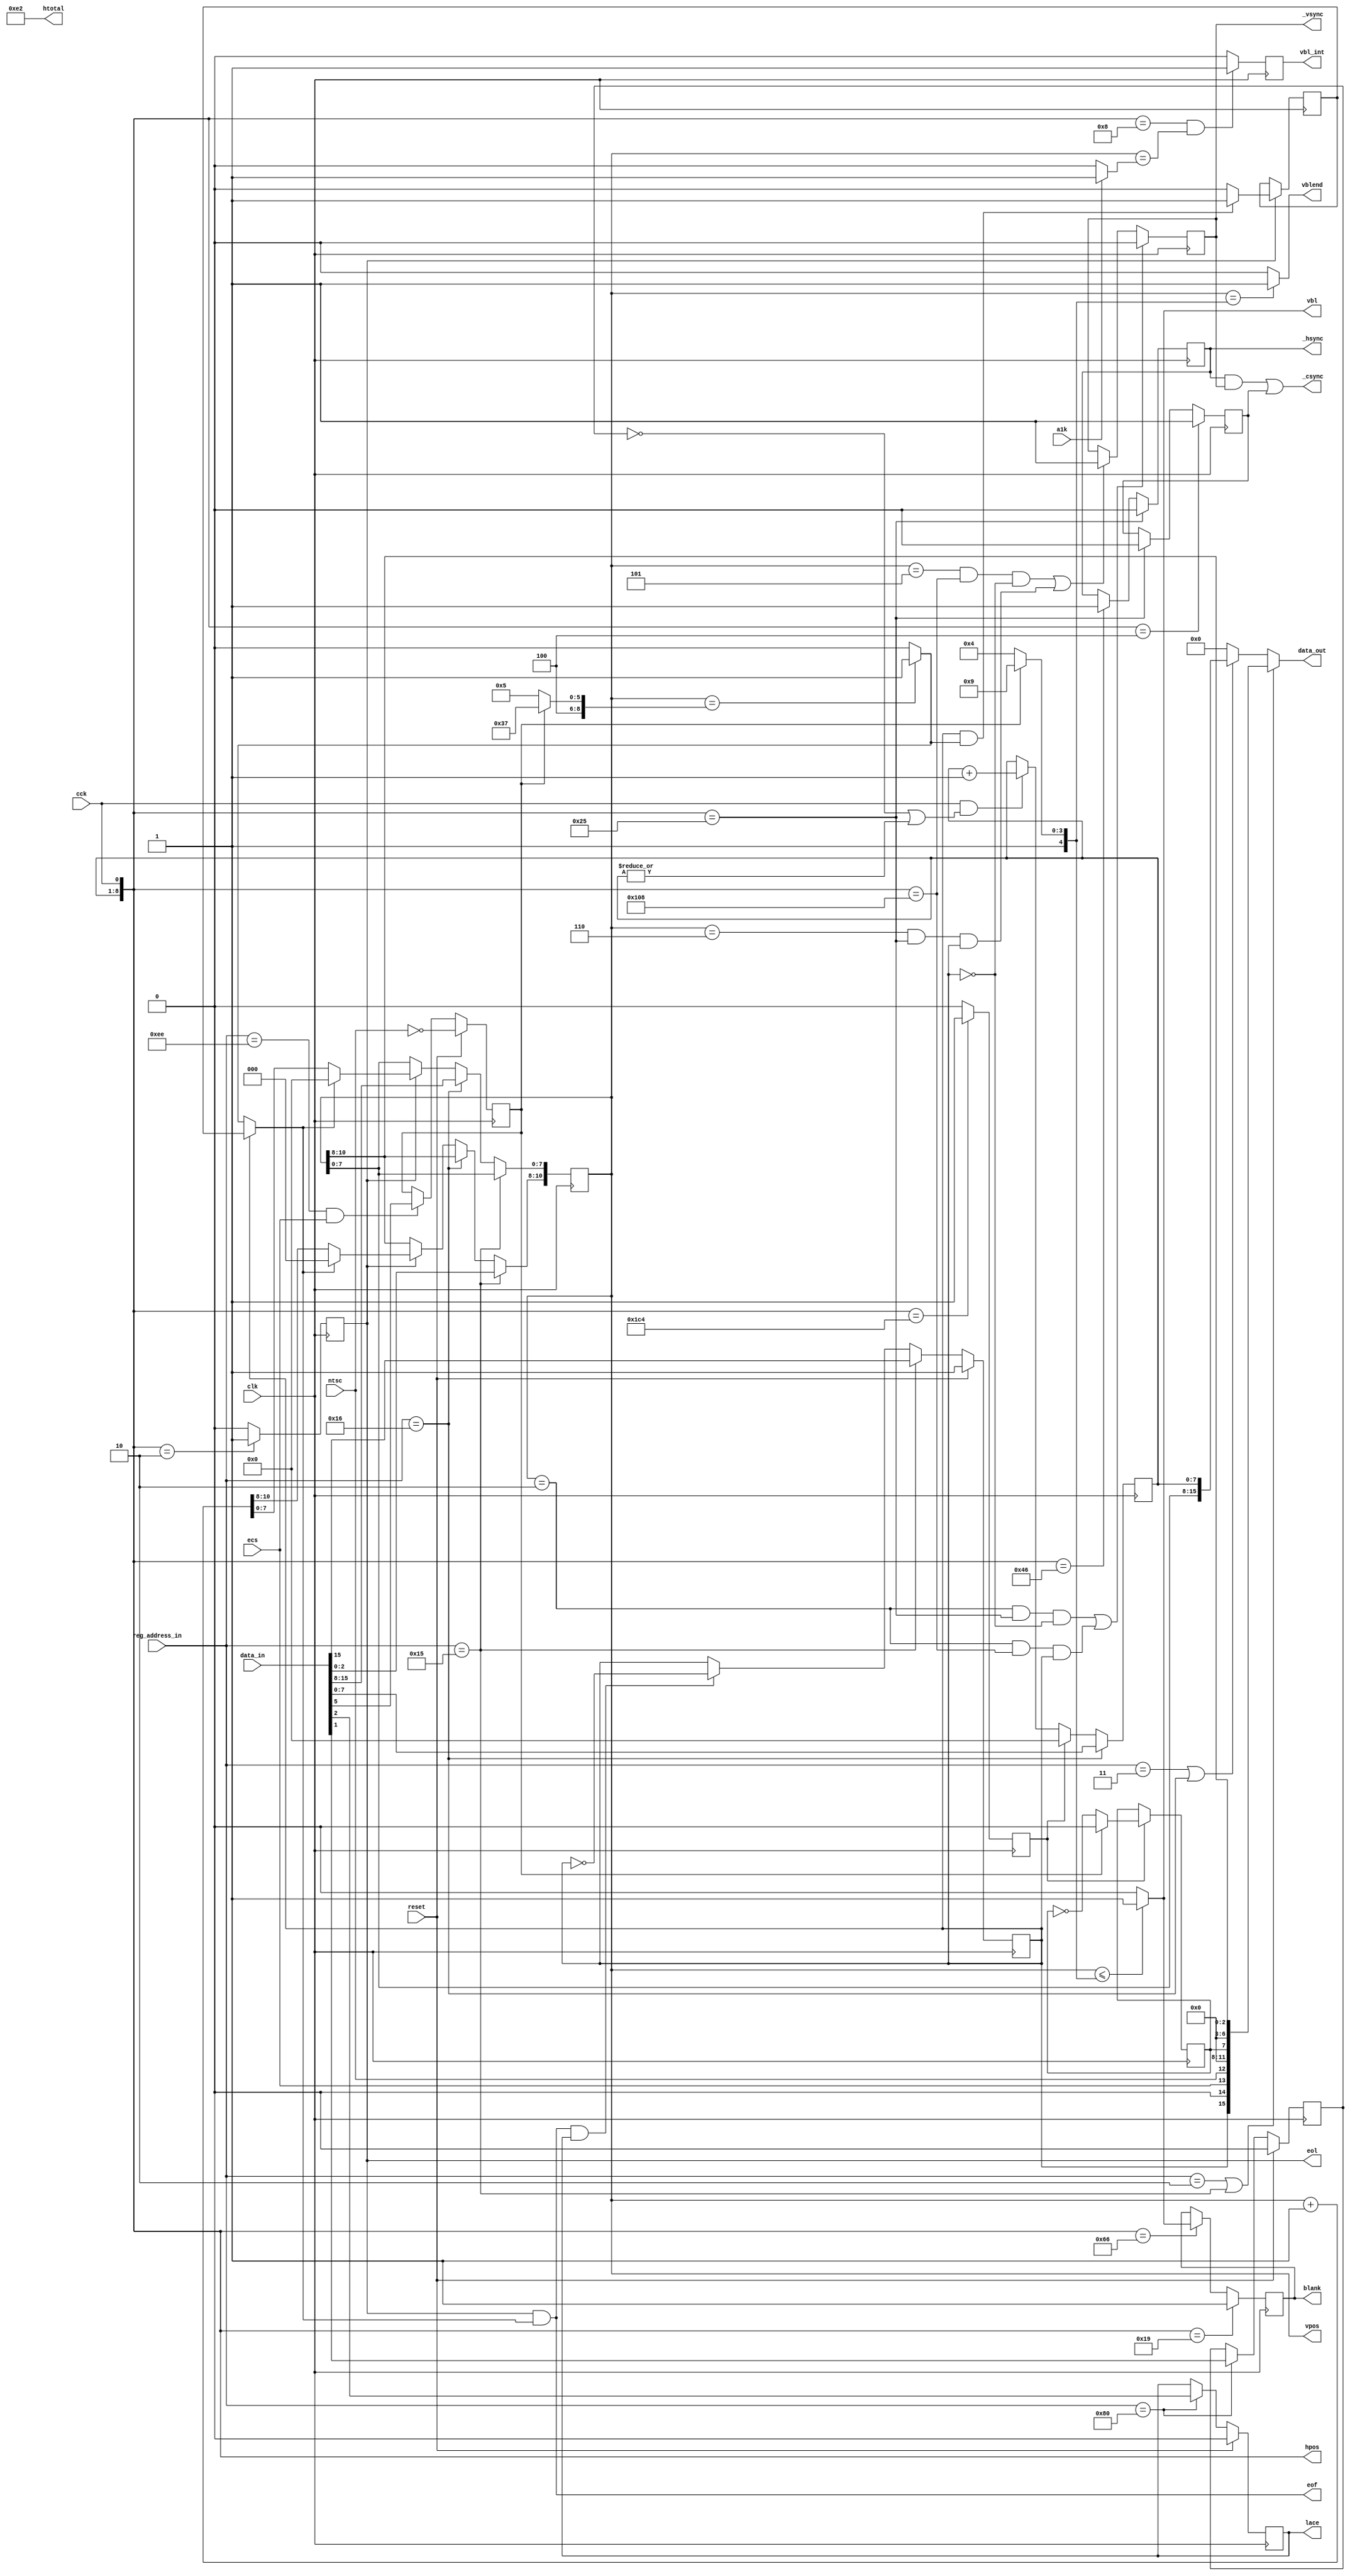
// Copyright 2006, 2007 Dennis van Weeren
//
// This file is part of Minimig
//
// Minimig is free software; you can redistribute it and/or modify
// it under the terms of the GNU General Public License as published by
// the Free Software Foundation; either version 3 of the License, or
// (at your option) any later version.
//
// Minimig is distributed in the hope that it will be useful,
// but WITHOUT ANY WARRANTY; without even the implied warranty of
// MERCHANTABILITY or FITNESS FOR A PARTICULAR PURPOSE.  See the
// GNU General Public License for more details.
//
// You should have received a copy of the GNU General Public License
// along with this program.  If not, see <http://www.gnu.org/licenses/>.
//
// JB:
// 14-03-2008	- moving beamcounter to a separate file
//				- pal/ntsc switching, NTSC doesn't use short/long line toggling,all lines are short like in PAL (227 CCKs)
//				- composite blanking use hblank which is combined with vblank
// 2009-03-08	- clean-up
// 2009-05-24	- clean-up & renaming
// 2009-06-10	- in non-interlace mode all frames are long (313 lines for PAL)
// 2010-01-19	- added vertical interrupt request signal for Paula
// 2010-04-14	- A1000 compatible VBL interrupt generation
//
// SB:
// 2011-04-10	- added readable VPOSW and VHPOSW register (fix for RSI slideshow)

module beamcounter
(
	input	clk,					// bus clock
	input	reset,					// reset
	input	cck,					// CCK clock
	input	ntsc,					// NTSC mode switch
	input	ecs,					// ECS enable switch
	input	a1k,					// enable A1000 VBL interrupt timing
	input	[15:0] data_in,			// bus data in
	output	reg [15:0] data_out,	// bus data out
	input 	[8:1] reg_address_in,	// register address inputs
	output	reg [8:0] hpos,			// horizontal beam counter (140ns)
	output	reg [10:0] vpos,		// vertical beam counter
	output	reg _hsync,				// horizontal sync
	output	reg _vsync,				// vertical sync
	output	_csync,					// composite sync
	output	reg blank,				// video blanking
	output	vbl,					// vertical blanking
	output	vblend,					// last line of vertival blanking
	output	eol,					// end of video line
	output	eof,					// end of video frame
	output	reg vbl_int,			// vertical interrupt request (for Paula)
	output	[8:1] htotal,			// video line length
	output	reg lace
);

// local beam position counters
reg		ersy;

//local signals for beam counters and sync generator
reg		long_frame;		// 1 : long frame (313 lines); 0 : normal frame (312 lines)
reg		pal;			// pal mode switch
reg		long_line;		// long line signal for NTSC compatibility (actually long lines are not supported yet)
reg		vser;			// vertical sync serration pulses for composite sync

//register names and adresses		
parameter	VPOSR    = 9'h004;
parameter	VPOSW    = 9'h02A;
parameter	VHPOSR   = 9'h006;
parameter	VHPOSW   = 9'h02C;
parameter	BEAMCON0 = 9'h1DC;
parameter	BPLCON0  = 9'h100;

parameter	HTOTAL  = 9'h1C0;
//parameter	HSSTOP  = 9'h1C2;
//parameter	HBSTRT  = 9'h1C4;
//parameter	HBSTOP  = 9'h1C6;
parameter	VTOTAL  = 9'h1C8;
//parameter	VSSTOP  = 9'h1CA;
//parameter	VBSTRT  = 9'h1CC;
//parameter	VBSTOP  = 9'h1CE;
parameter	BEAMCON = 9'h1DC;
//parameter	HSSTRT  = 9'h1DE;
//parameter	VSSTRT  = 9'h1E0;
//parameter	HCENTER = 9'h1E2;

parameter	hbstrt  = 17+4+4;	// horizontal blanking start
parameter	hsstrt  = 29+4+4;	// front porch = 1.6us (29)
parameter	hsstop  = 63-1+4+4;	// hsync pulse duration = 4.7us (63)
parameter	hbstop  = 103-5+4;	// back porch = 4.7us (103) shorter blanking for overscan visibility
parameter	hcenter = 256+4+4;	// position of vsync pulse during the long field of interlaced screen
parameter	vsstrt  = 2; //3	// vertical sync start
parameter	vsstop  = 5;	// PAL vsync width: 2.5 lines (NTSC: 3 lines - not implemented)
parameter	vbstrt  = 0;	// vertical blanking start

wire	[10:0] vtotal;		// total number of lines less one
wire	[8:0] vbstop;		// vertical blanking stop

reg		end_of_line;
wire	end_of_frame;

reg 	vpos_inc;			// increase vertical position counter
wire 	vpos_equ_vtotal;	// vertical beam counter is equal to its maximum count (in interlaced mode it counts one line more)
reg		extra_line;			// extra line (used in interlaced mode)
wire	last_line;			// indicates the last line is displayed (in non-interlaced mode vpos equals to vtotal, in interlaced mode vpos equals to vtotal+1)


//beam position output signals
assign	htotal = 227-1;					// line length of 227 CCKs in PAL mode (NTSC line length of 227.5 CCKs is not supported)
assign	vtotal = pal ? 312-1 : 262-1;	// total number of lines (PAL: 312 lines, NTSC: 262)
assign	vbstop = pal ? 25 : 20;			// vertical blanking end (PAL 26 lines, NTSC vblank 21 lines)

//first visible line $1A (PAL) or $15 (NTSC)
//sprites are fetched on line $19 (PAL) or $14 (NTSC) - vblend signal used to tell Agnus to fetch sprites during the last vertical blanking line

//--------------------------------------------------------------------------------------

//beamcounter read registers VPOSR and VHPOSR
always @(reg_address_in or long_frame or long_line or vpos or hpos or ntsc or ecs)
	if (reg_address_in[8:1]==VPOSR[8:1] || reg_address_in[8:1]==VPOSW[8:1])
		data_out[15:0] = {long_frame,1'b0,ecs,ntsc,4'b0000,long_line,4'b0000,vpos[10:8]};
	else if (reg_address_in[8:1]==VHPOSR[8:1] || reg_address_in[8:1]==VHPOSW[8:1])
		data_out[15:0] = {vpos[7:0],hpos[8:1]};
	else
		data_out[15:0] = 0;

//write ERSY bit of bplcon0 register (External ReSYnchronization - genlock)
always @(posedge clk)
	if (reset)
		ersy <= 1'b0;
	else if (reg_address_in[8:1] == BPLCON0[8:1])
		ersy <= data_in[1];
		
//BPLCON0 register
always @(posedge clk)
	if (reset)
		lace <= 1'b0;
	else if (reg_address_in[8:1]==BPLCON0[8:1])
		lace <= data_in[2];

//BEAMCON0 register
always @(posedge clk)
	if (reset)
		pal <= ~ntsc;
	else if (reg_address_in[8:1]==BEAMCON0[8:1] && ecs)
		pal <= data_in[5];

//--------------------------------------------------------------------------------------//
//                                                                                      //
//   HORIZONTAL BEAM COUNTER                                                            //
//                                                                                      //
//--------------------------------------------------------------------------------------//

//generate start of line signal
always @(posedge clk)
	if (hpos[8:0]=={htotal[8:1],1'b0})
		end_of_line <= 1'b1;
	else
		end_of_line <= 1'b0;

// horizontal beamcounter
always @(posedge clk)
	if (reg_address_in[8:1]==VHPOSW[8:1])
		hpos[8:1] <= data_in[7:0]; 
	else if (end_of_line)
		hpos[8:1] <= 0;
	else if (cck && (~ersy || |hpos[8:1]))
		hpos[8:1] <= hpos[8:1] + 1;
		
always @(cck)
	hpos[0] = cck;

//long line signal (not used, only for better NTSC compatibility)
always @(posedge clk)
	if (end_of_line)
		if (pal)
			long_line <= 1'b0;
		else
			long_line <= ~long_line;

//--------------------------------------------------------------------------------------//
//                                                                                      //
//   VERTICAL BEAM COUNTER                                                              //
//                                                                                      //
//--------------------------------------------------------------------------------------//

//vertical counter increase
always @(posedge clk)
	if (hpos==2) //actual chipset works in this way
		vpos_inc <= 1'b1;
	else
		vpos_inc <= 1'b0;

//external signals assigment
assign eol = vpos_inc;

//vertical position counter
//vpos changes after hpos equals 3
always @(posedge clk)
	if (reg_address_in[8:1]==VPOSW[8:1])
		vpos[10:8] <= data_in[2:0];
	else if (reg_address_in[8:1]==VHPOSW[8:1])
		vpos[7:0] <= data_in[15:8];
	else if (vpos_inc)
		if (last_line)
			vpos <= 0;
		else
			vpos <= vpos + 1;

// long_frame - long frame signal used in interlaced mode
always @(posedge clk)
	if (reset)
		long_frame <= 1'b1;
	else if (reg_address_in[8:1]==VPOSW[8:1])
		long_frame <= data_in[15];
	else if (end_of_frame && lace) // interlace
		long_frame <= ~long_frame;

//maximum position of vertical beam position
assign vpos_equ_vtotal = vpos==vtotal ? 1'b1 : 1'b0;

//extra line in interlaced mode	
always @(posedge clk)
	if (vpos_inc)
		if (long_frame && vpos_equ_vtotal)
			extra_line <= 1'b1;
		else
			extra_line <= 1'b0;

//in non-interlaced display the last line is equal to vtotal or vtotal+1 (depends on long_frame)
//in interlaced mode every second frame is vtotal+1 long
assign last_line = long_frame ? extra_line : vpos_equ_vtotal;

//generate end of frame signal
assign end_of_frame = vpos_inc & last_line;

//external signal assigment
assign eof = end_of_frame;

always @(posedge clk)
	vbl_int <= hpos==8 && vpos==(a1k ? 1 : 0) ? 1'b1 : 1'b0; // OCS AGNUS CHIPS 8361/8367 assert vbl int in line #1

//--------------------------------------------------------------------------------------//
//                                                                                      //
//  VIDEO SYNC GENERATOR                                                                //
//                                                                                      //
//--------------------------------------------------------------------------------------//

//horizontal sync
always @(posedge clk)
	if (hpos==hsstrt)//start of sync pulse (front porch = 1.69us)
		_hsync <= 1'b0;
	else if (hpos==hsstop)//end of sync pulse (sync pulse = 4.65us)
		_hsync <= 1'b1;

//vertical sync and vertical blanking
always @(posedge clk)
	if ((vpos==vsstrt && hpos==hsstrt && !long_frame) || (vpos==vsstrt && hpos==hcenter && long_frame))
		_vsync <= 1'b0;
	else if ((vpos==vsstop && hpos==hcenter && !long_frame) || (vpos==vsstop+1 && hpos==hsstrt && long_frame))
		_vsync <= 1'b1;		

//apparently generating csync from vsync alligned with leading edge of hsync results in malfunction of the AD724 CVBS/S-Video encoder (no colour in interlaced mode)
//to overcome this limitation semi (only present before horizontal sync pulses) vertical sync serration pulses are inserted into csync
always @(posedge clk)//sync
	if (hpos==hsstrt-(hsstop-hsstrt))//start of sync pulse (front porch = 1.69us)
		vser <= 1'b1;
	else if (hpos==hsstrt)//end of sync pulse	(sync pulse = 4.65us)
		vser <= 1'b0;
		
//composite sync
assign _csync = _hsync & _vsync | vser; //composite sync with serration pulses

//--------------------------------------------------------------------------------------//
//                                                                                      //
//  VIDEO BLANKING GENERATOR                                                            //
//                                                                                      //
//--------------------------------------------------------------------------------------//

//vertical blanking
assign vbl = vpos <= vbstop ? 1'b1 : 1'b0;

//vertical blanking end (last line)
assign vblend = vpos==vbstop ? 1'b1 : 1'b0;

//composite display blanking		
always @(posedge clk)
	if (hpos==hbstrt)//start of blanking (active line=51.88us)
		blank <= 1'b1;
	else if (hpos==hbstop)//end of blanking (back porch=5.78us)
		blank <= vbl;

endmodule